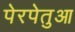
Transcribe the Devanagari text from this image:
पेरपेतुआ